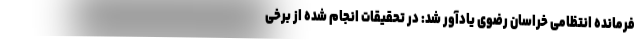
فرمانده انتظامی خراسان رضوی یادآور شد: در تحقیقات انجام شده از برخی